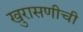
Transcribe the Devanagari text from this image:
खुरासणीची